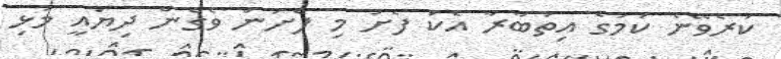
ކުރެވޭނެ ކަމުގެ އިތުބާރާ އެކު ފެށު މި ފެށުން ވެގެން ދިޔައީ މުޅި